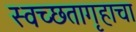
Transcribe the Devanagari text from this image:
स्वच्छतागृहाचा